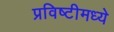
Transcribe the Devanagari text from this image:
प्रविष्टीमध्ये